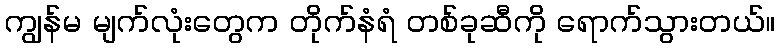
ကျွန်မ မျက်လုံးတွေက တိုက်နံရံ တစ်ခုဆီကို ရောက်သွားတယ်။